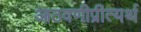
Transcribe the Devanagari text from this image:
आठवणीप्रीत्यर्थ